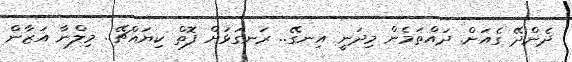
ދެންދޭ ގެއަށް. ދައްތަމެން މިދަނީ އިނގޭ.. ރަނގަޅަށް ފޮތް ކިޔައްޗޭ.. މިލްނާ އަޒާން